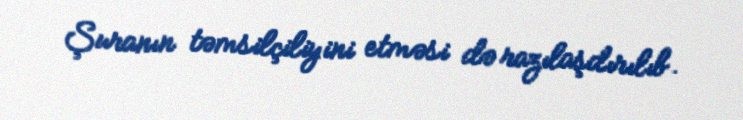
Şuranın təmsilçiliyini etməsi də razılaşdırılıb.